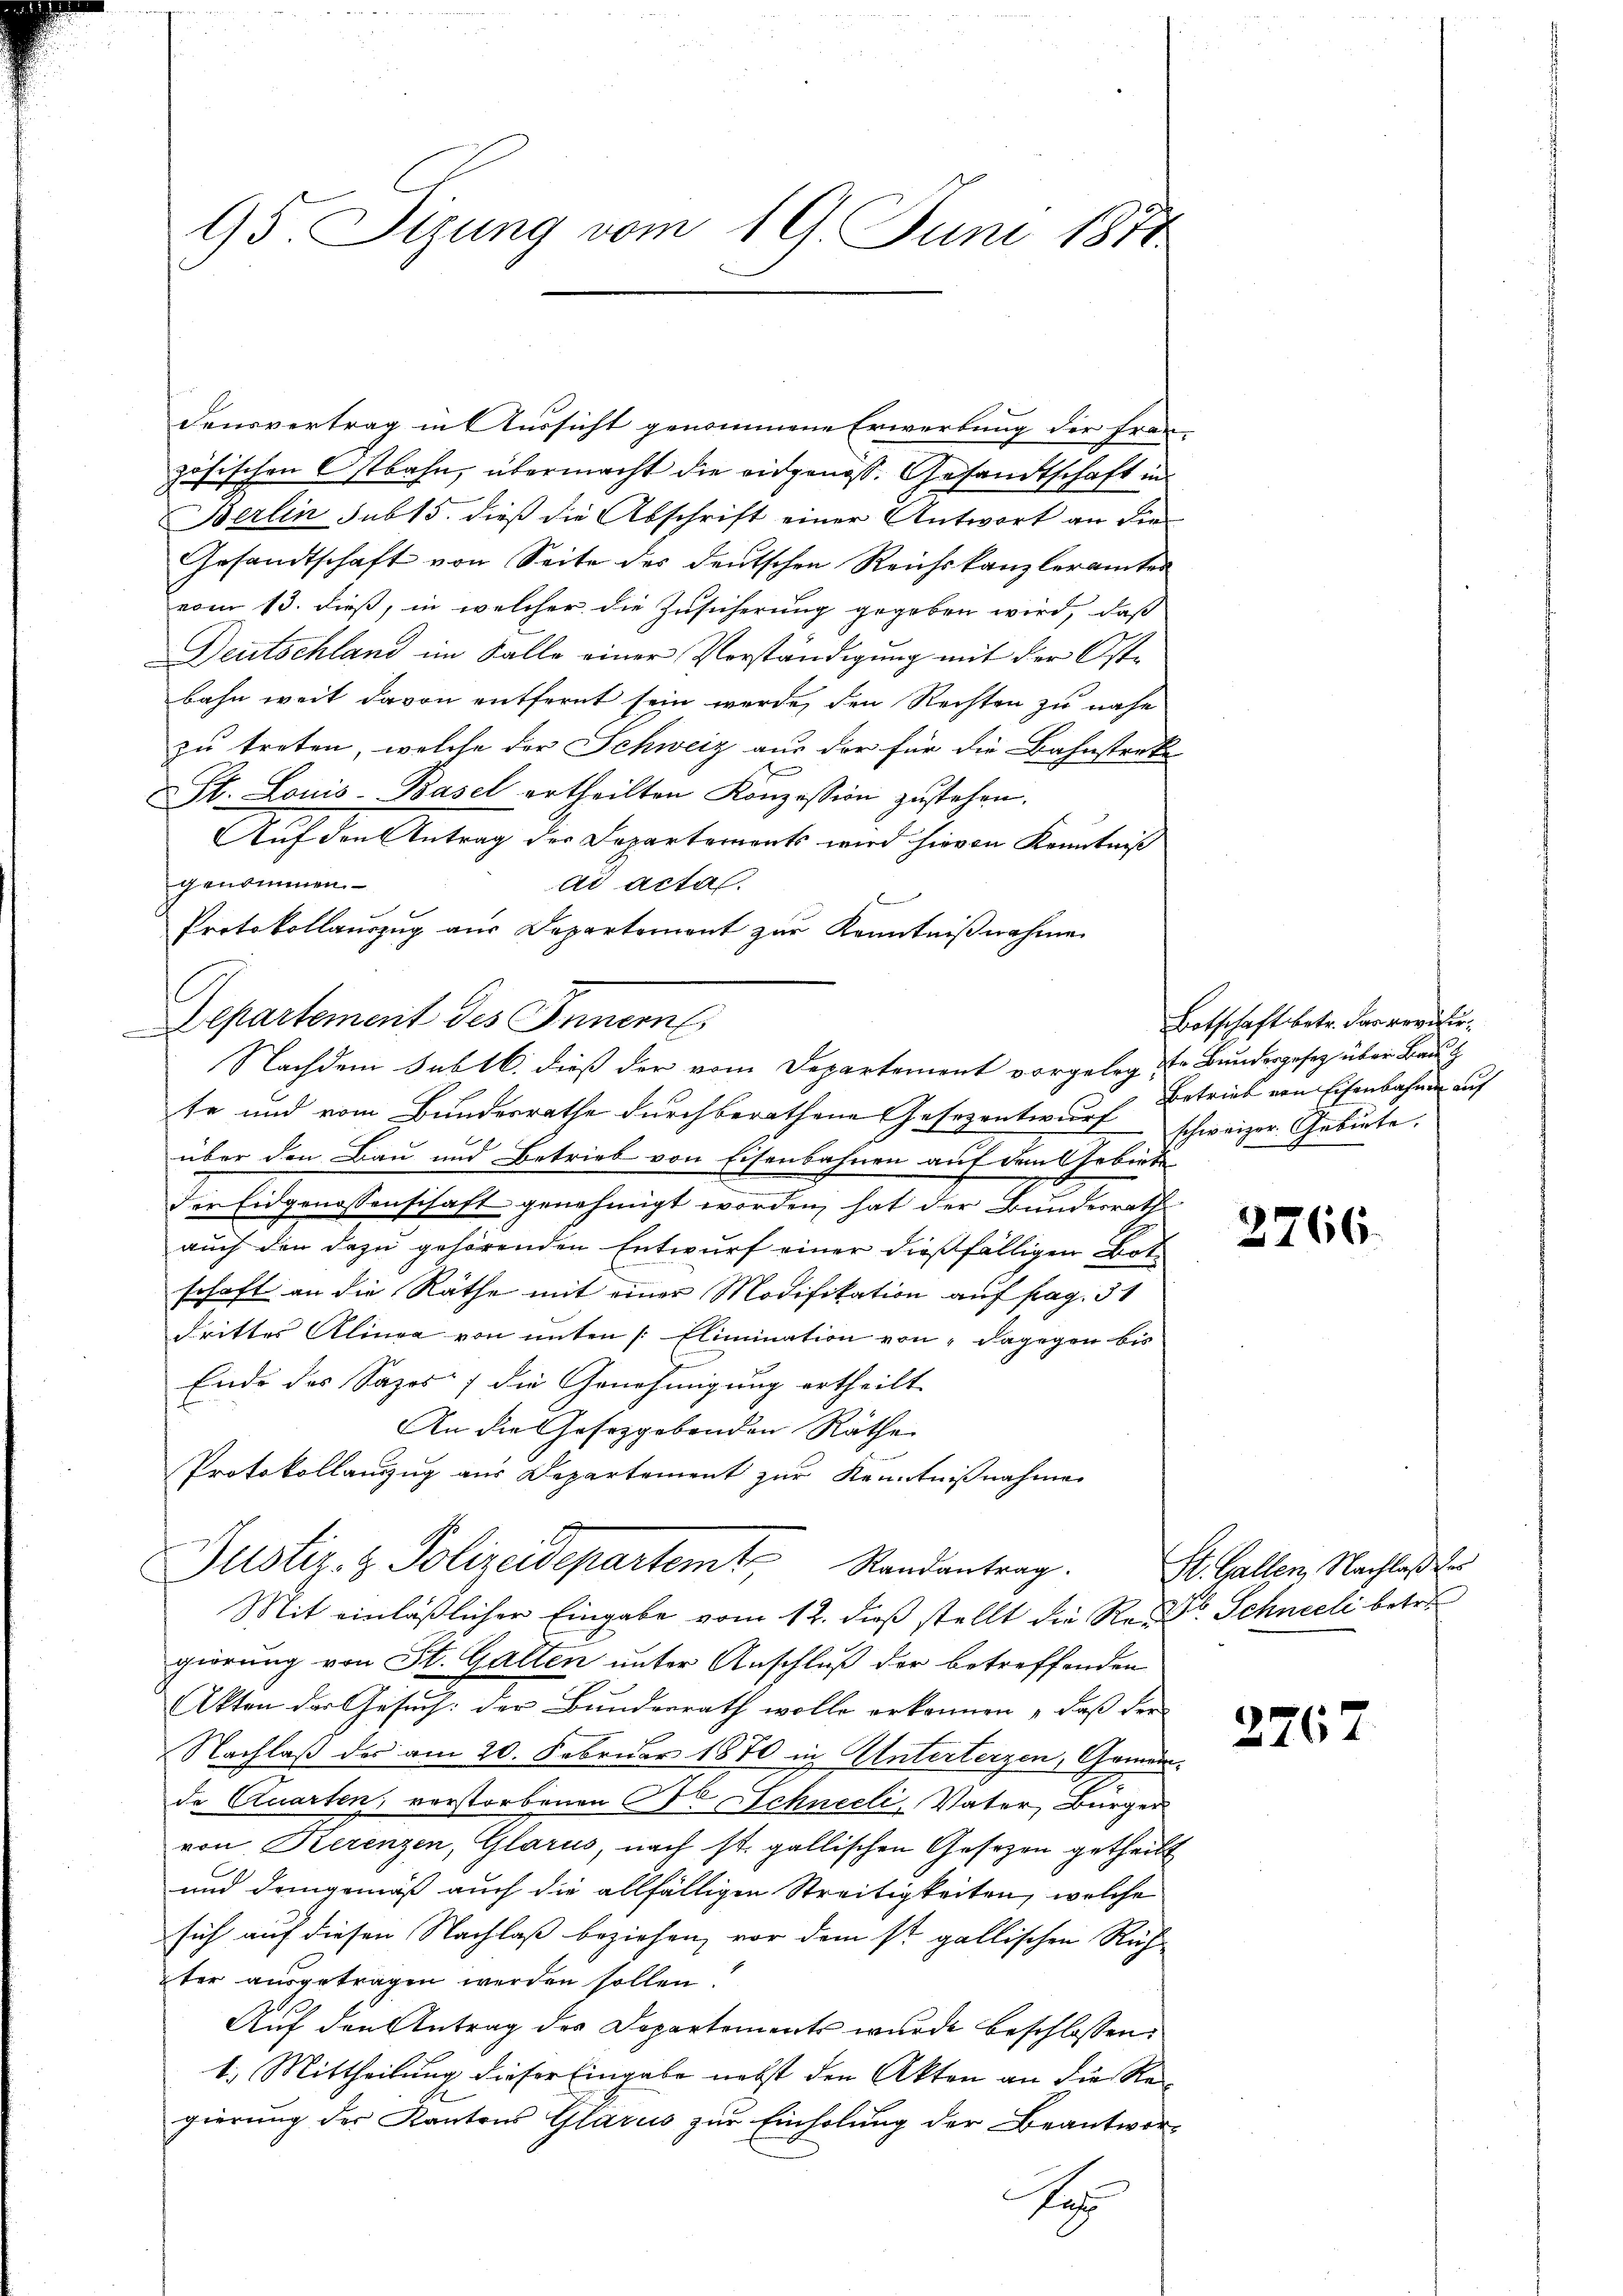
95. Sizung vom 19. Juni 1870

densvertrag in Aussicht genommene Erwerbung der fran-
zösischen Ostbahn, übermacht die eidgenoss. Gesandtschaft in
Berlin sub 15. dieß die Abschrift einer Antwort an die
Gesandtschaft von Seite des deutschen Reichskanzleramtes
vom 13. dieß, in welcher die Zusicherung gegeben wird, daß
Deutschland im Falle einer Vorständigung mit der Oste
bahn weit davon entfernt sein werde, den Rechten zu nahe
zu treten, welche der Schweiz aus der für die Bahnstreke
SSt. Louis-Basel ertheilten Konzession zustehen.
Auf den Antrag der Departemonts wird hievon Kenntniß
genommen.
ad acta.
Protokollauszug aus Departement zur Kenntniβnahme
Departement des Innern
te und vom Bundesrathe durchberathene Gesezentwurf schweizer Gebiete.
über den Bau und Betrieb von Eisenbahnen auf den Gebiete
der Eidgenossenschaft genehmigt worden, hat der Bundesrath
auch den dazu gehörenden Entwurf einer dießfälligen Bot
schaft an die Räthe mit einer Modifikation auf pag. 31
drittes Klinea von unten [Elimination von " dagegen bis
Ende des Sazos) die Genehmigung ertheilt
An die Gesezgebenden Räthe
Protokollanzug aus Departement zur Kenntnißnahme
Justiz- & Polizeidepartem Randantrag.
Mit einläßlicher Eingabe vom 12. dieß stellt die Rede Schneeli betre
gierung von St. Galten unter Anschluß der betreffenden
Akten der Gesuch: der Bunderrath wolle erkennen, daß der
Nachlaß des am 20. Februar 1870 in Unterterzen, Gemeinde Quarten; verstorbenen Fr. Schneeli, Vater, Bürger
von Kerenzen, Glarus, nach st. gallischen Gesezen getheilt
und demgemäß auch die allfälligen Streitigkeiten, welche
sich auf diesen Nachlaß beziehen, vor dem st. gallischen Rich
ter ausgetragen werden sollen.
Auf den Antrag des Departements wurde beschlossen:
t. Mittheilung dieser Eingabe nebst den Akten an die Regierung der Kantons Glarus zur Einholung der Beantwor¬
No

Nachdem Subll. dieß der vom Departement vorgeleg & Bundesgesetz über Bau &

Botschaft betr. das revisir
Betrieb von Eisenbahnen auf

2766.

St. Gallen, Nachlaßen

2762